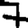
Digit: 7